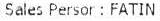
SALES PERSON : FATIN